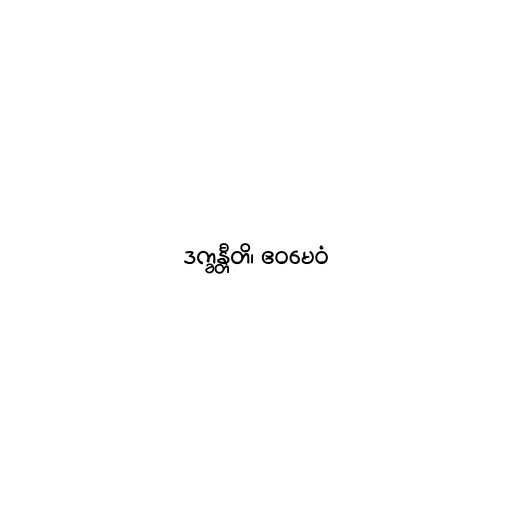
ဒက္ခန္တီတိ၊ ဧဝမေဝံ